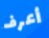
أعرف